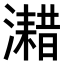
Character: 𤁏